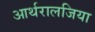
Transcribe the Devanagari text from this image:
आर्थरालजिया